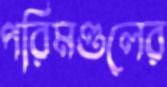
পরিমণ্ডলের